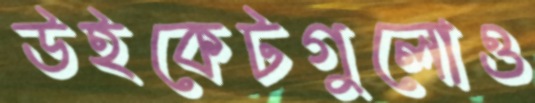
উইকেটগুলোও